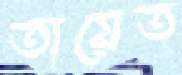
তায়েত